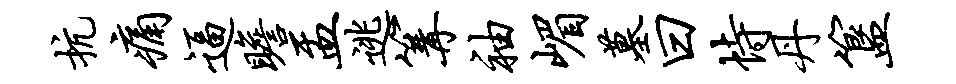
抗痛逼瞻盂逃篝袖嵋墓曰恃丹簋